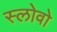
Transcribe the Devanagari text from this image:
स्लोवो